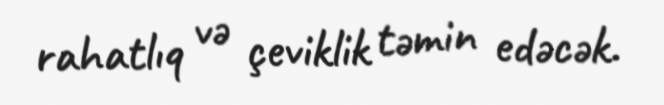
rahatlıq və çeviklik təmin edəcək.